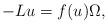
LaTeX: \begin{align*}- L u = f(u) \Omega,\end{align*}